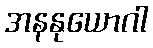
အနနုယောဂါ